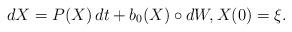
LaTeX: \begin{align*} dX=P(X)\, dt+ b_0(X)\circ dW,X(0)=\xi.\end{align*}